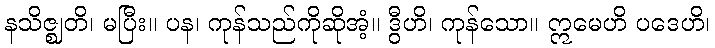
နသိဇ္ဈတိ၊ မပြီး။ ပန၊ ကုန်သည်ကိုဆိုအံ့။ ဒွီဟိ၊ ကုန်သော။ ဣမေဟိ ပဒေဟိ၊